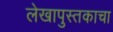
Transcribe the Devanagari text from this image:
लेखापुस्तकाचा